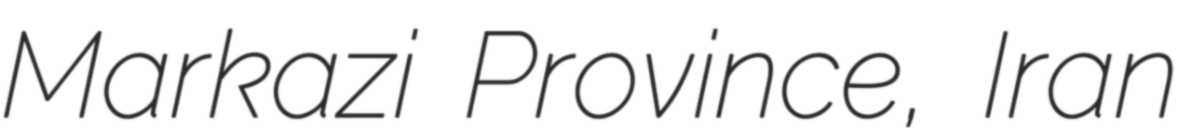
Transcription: Markazi Province, Iran